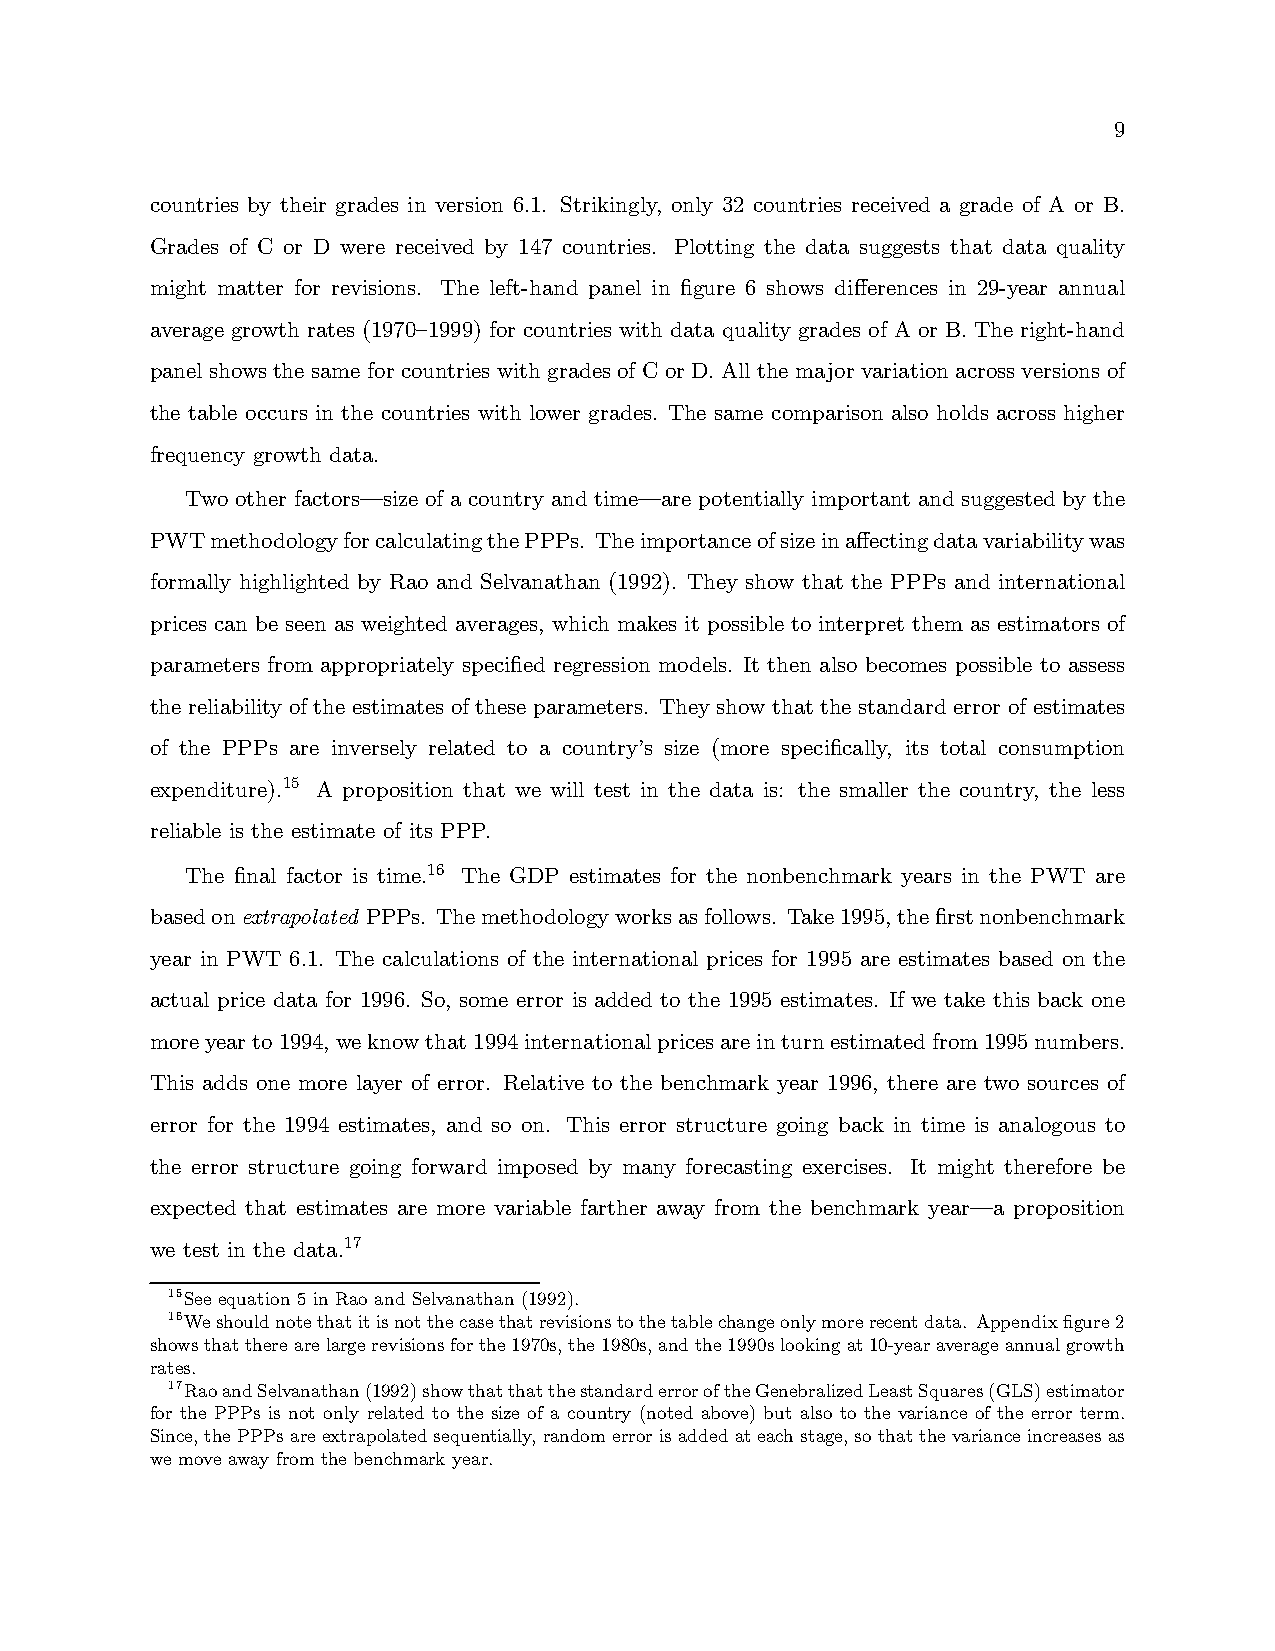
9
 countries by their grades in version 6.1. Strikingly, only 32 countries received a grade of A or B.
 Grades of C or D were received by 147 countries. Plotting the data suggests that data quality
 might matter for revisions. The left-hand panel in figure 6 shows differences in 29-year annual
 average growth rates (1970—1999) for countries with data quality grades of A or B. The right-hand
 panel shows the same for countries with grades of C or D. All the major variation across versions of
 the table occurs in the countries with lower grades. The same comparison also holds across higher
 frequency growth data.
 Two other factors–size of a country and time–are potentially important and suggested by the
 PWTmethodologyforcalculatingthePPPs. Theimportanceofsizeinaffectingdatavariabilitywas
 formally highlighted by Rao and Selvanathan (1992). They show that the PPPs and international
 prices can be seen as weighted averages, which makes it possible to interpret them as estimators of
 parameters from appropriately specified regression models. It then also becomes possible to assess
 the reliability of the estimates of these parameters. They show that the standard error of estimates
 of the PPPs are inversely related to a country’s size (more specifically, its total consumption
 expenditure).15 A proposition that we will test in the data is: the smaller the country, the less
 reliable is the estimate of its PPP.
 The final factor is time.16 The GDP estimates for the nonbenchmark years in the PWT are
 basedonextrapolated PPPs. Themethodologyworksasfollows. Take1995,thefirstnonbenchmark
 year in PWT 6.1. The calculations of the international prices for 1995 are estimates based on the
 actual price data for 1996. So, some error is added to the 1995 estimates. If we take this back one
 moreyearto1994,weknowthat1994internationalpricesareinturnestimatedfrom1995numbers.
 This adds one more layer of error. Relative to the benchmark year 1996, there are two sources of
 error for the 1994 estimates, and so on. This error structure going back in time is analogous to
 the error structure going forward imposed by many forecasting exercises. It might therefore be
 expected that estimates are more variable farther away from the benchmark year–a proposition
 we test in the data.17
 15See equation 5 in Rao and Selvanathan (1992).
 16Weshouldnotethatitisnotthecasethatrevisionstothetablechangeonlymorerecentdata. Appendixfigure2
 showsthattherearelargerevisionsforthe1970s,the1980s,andthe1990slookingat10-yearaverageannualgrowth
 rates.
 17RaoandSelvanathan(1992)showthatthatthestandarderroroftheGenebralizedLeastSquares(GLS)estimator
 for the PPPs is not only related to the size of a country (noted above) but also to the variance of the error term.
 Since, thePPPsareextrapolated sequentially, random erroris added at each stage, so thatthevarianceincreases as
 we move away from the benchmark year.